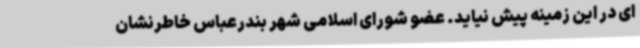
ای در این زمینه پیش نیاید. عضو شورای اسلامی شهر بندرعباس خاطرنشان